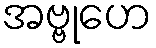
အဗ္ဗုဟေ